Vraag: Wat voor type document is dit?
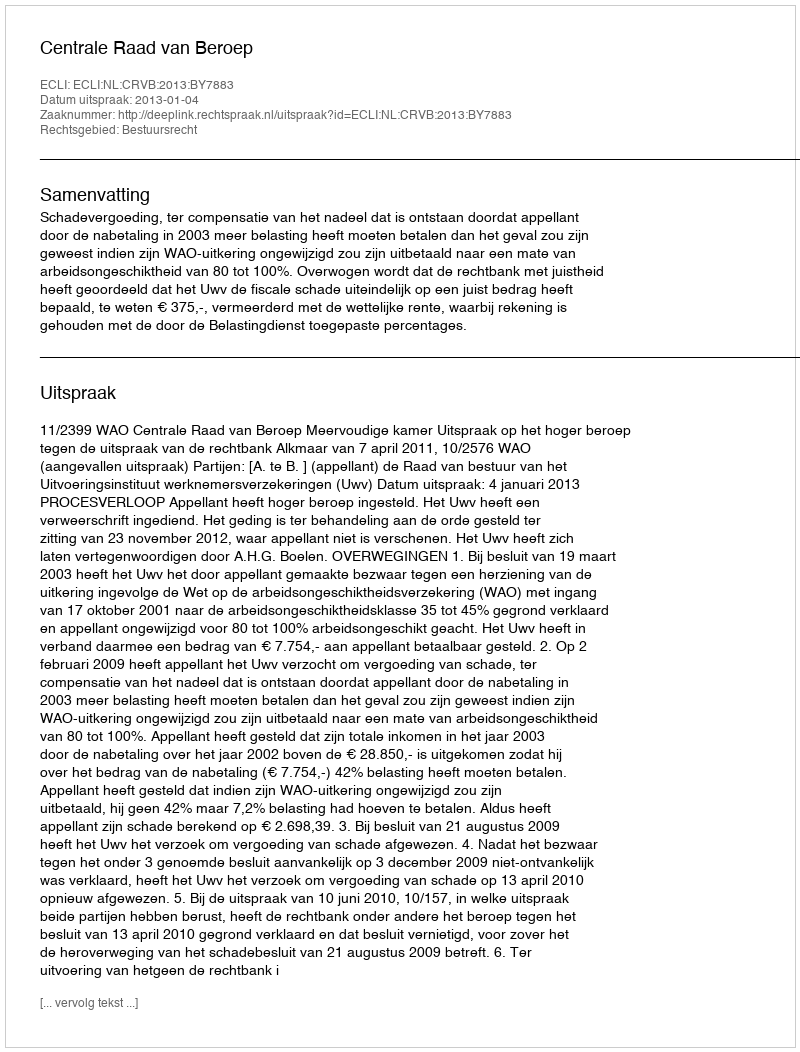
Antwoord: Uitspraak